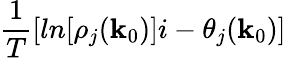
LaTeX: \frac{1}{T}[ln[\rho_{j}({\mathbf k}_{0})]i-\theta_{j}({\mathbf k}_{0})]